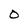
Character: O